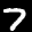
Label: 7